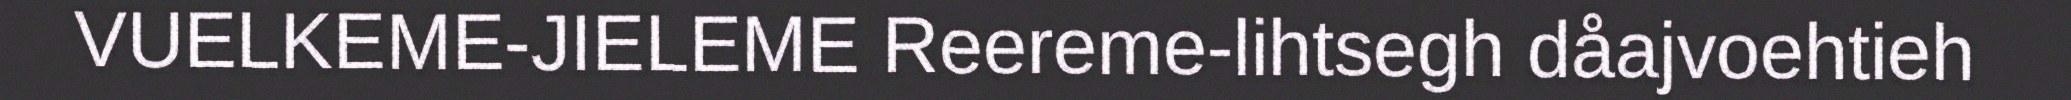
VUELKEME-JIELEME Reereme-lihtsegh dåajvoehtieh